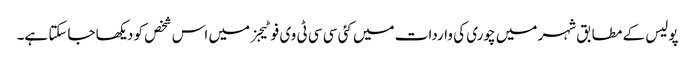
پولیس کے مطابق شہر میں چوری کی واردات میں کئی سی سی ٹی وی فوٹیجز میں اس شخص کو دیکھا جاسکتا ہے۔